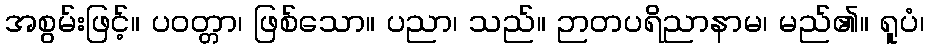
အစွမ်းဖြင့်။ ပဝတ္တာ၊ ဖြစ်သော။ ပညာ၊ သည်။ ဉာတပရိညာနာမ၊ မည်၏။ ရူပံ၊